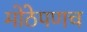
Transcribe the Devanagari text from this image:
मोठेपणच